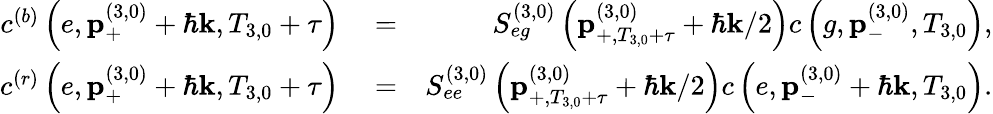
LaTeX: \begin{array}{rlr}{c^{\left(b\right)}\left(e,\mathbf{p}_{+}^{\left(3,0\right)}+\hbar\mathbf{k},T_{3,0}+\tau\right)}&{{}=}&{S_{eg}^{\left(3,0\right)}\left(\mathbf{p}_{+,T_{3,0}+\tau}^{\left(3,0\right)}+\hbar\mathbf{k}/2\right)c\left(g,\mathbf{p}_{-}^{\left(3,0\right)},T_{3,0}\right),}\\ {c^{\left(r\right)}\left(e,\mathbf{p}_{+}^{\left(3,0\right)}+\hbar\mathbf{k},T_{3,0}+\tau\right)}&{{}=}&{S_{ee}^{\left(3,0\right)}\left(\mathbf{p}_{+,T_{3,0}+\tau}^{\left(3,0\right)}+\hbar\mathbf{k}/2\right)c\left(e,\mathbf{p}_{-}^{\left(3,0\right)}+\hbar\mathbf{k},T_{3,0}\right).}\end{array}